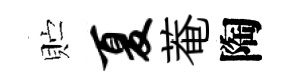
贮夏菴陶